Lunatic asylums Central Provinces reports 1910-1926 - 1910-1926
Year: 1910
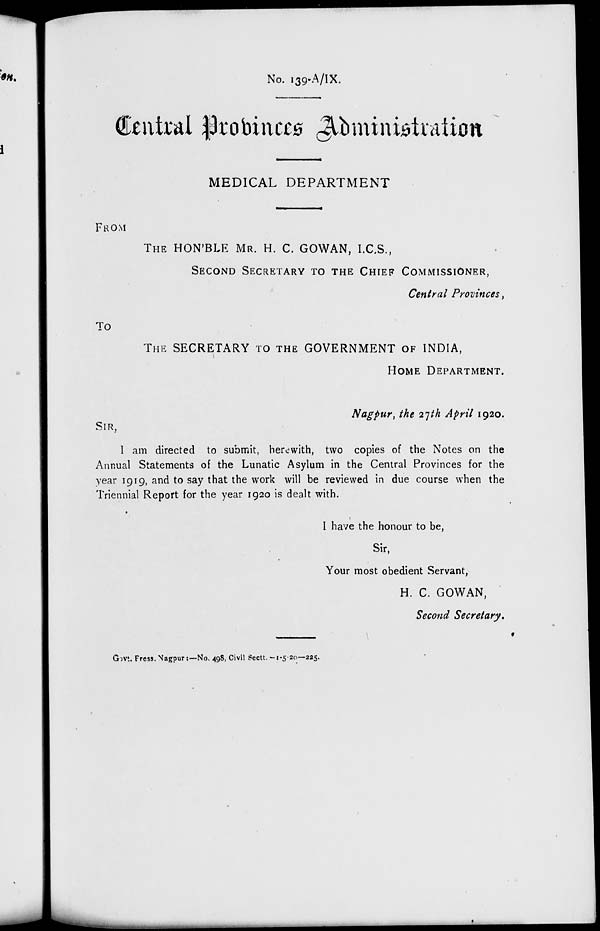
No. 139-A/IX.
Central Provinces Administration
MEDICAL DEPARTMENT
FROM
THE HON'BLE MR. H. C. GOWAN, I.C.S.,
SECOND SECRETARY TO THE CHIEF COMMISSIONER,
Central Provinces,
To
THE SECRETARY TO THE GOVERNMENT OF INDIA,
HOME DEPARTMENT.
Nagpur, the 27th April 1920.
SIR,
I am directed to submit, herewith, two copies of the Notes on the
Annual Statements of the Lunatic Asylum in the Central Provinces for the
year 1919, and to say that the work will be reviewed in due course when the
Triennial Report for the year 1920 is dealt with.
I have the honour to be,
Sir,
Your most obedient Servant,
H. C. GOWAN,
Second Secretary.
Govt. Press. Nagpur :—No. 498, Civil Sectt.-1-5-20—225.